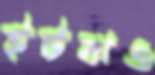
ইটঝও